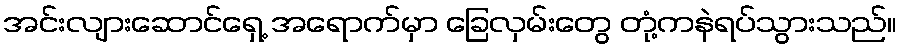
အင်းလျားဆောင်ရှေ့ အရောက်မှာ ခြေလှမ်းတွေ တုံ့ကနဲရပ်သွားသည်။